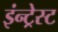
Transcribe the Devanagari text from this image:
इंन्ट्रेस्ट